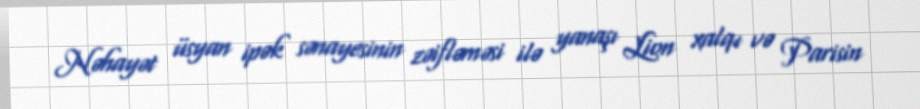
Nəhayət üsyan ipək sənayesinin zəifləməsi ilə yanaşı Lion xalqı və Parisin